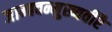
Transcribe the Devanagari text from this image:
जाम्बवन्मुख्यवीरै